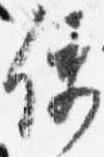
使